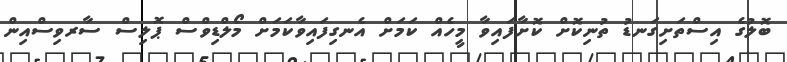
ބޮލުގެ އިސްތަށިގަނޑު ތުނިކޮށް ކޮށާފައިވާ މީހެއް ކަމަށް އެނގިފައިވާކަމަށް މޯލްޑިވްސް ޕޮލިސް ސާރވިސްއިން